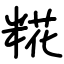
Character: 糀